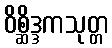
ဝိစ္ဆိဒ္ဒကသုတ္တ